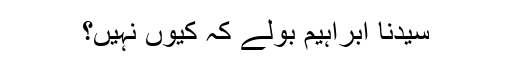
سیدنا ابراہیمؑ بولے کہ کیوں نہیں؟